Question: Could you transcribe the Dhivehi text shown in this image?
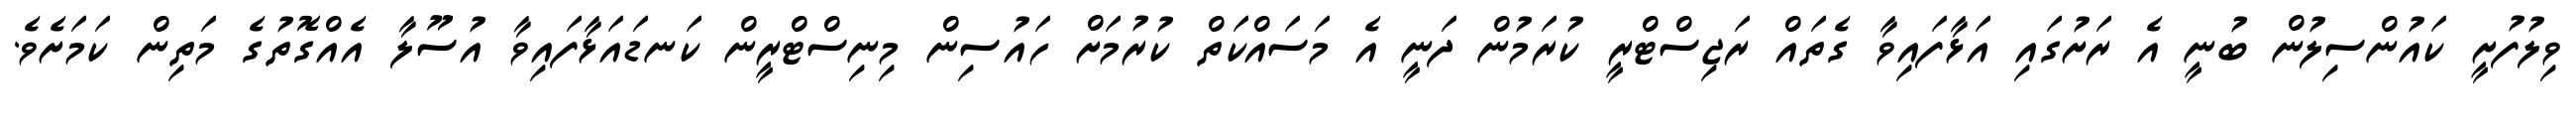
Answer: ވިލުފުށީ ކައުންސިލުން ބުނީ އެ ރަށުގައި އަޅާފައިވާ ގެތައް ރަޖިސްޓްރީ ކުރަމުން ދަނީ އެ މަސައްކަތް ކުރުމަށް ހައުސިން މިނިސްޓްރީން ކަނޑައަޅާފައިވާ އުސޫލާ އެއްގޮތުގެ މަތިން ކަމަށެވެ.